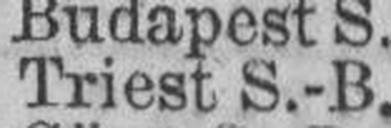
Triest S.-B.